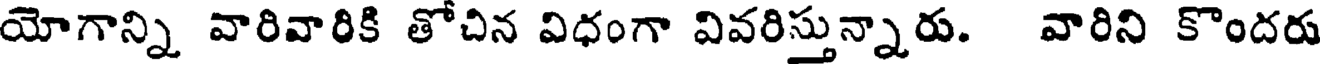
యోగాన్ని వారివారికి తోచిన విధంగా వివరిస్తున్నారు. వారిని కొందరు